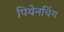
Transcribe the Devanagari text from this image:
पियेनचिंग